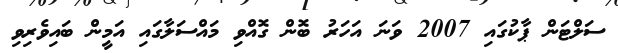
ސަލްޓަން ޕާކުގައި 2007 ވަނަ އަހަރު ބޮން ގޮއްވި މައްސަލާގައި އަމީން ބައިވެރިވި